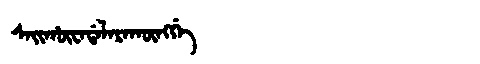
Manchu: ᠰᠠᡳᡥᡡᠸᠠᡩᠠᠯᠠᡵᠠᡴᡡᠩᡤᡝ
Romanization: SAIHŪWADALARAKŪNGGE